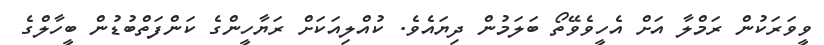
ވީވަރަކުން ރަމްލާ އަށް އެހީވެވޭތޯ ބަލަމުން ދިޔައެވެ. ކުއްލިއަކަށް ރަޔާހީންގެ ކަންފަތްބުޑުން ބީހާލްގެ